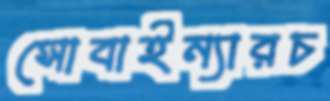
সোবাইন্যারচ